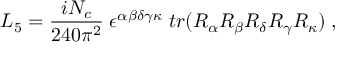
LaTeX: { \cal L } _ { 5 } = \frac { i N _ { c } } { 2 4 0 \pi ^ { 2 } } \; \epsilon ^ { \alpha \beta \delta \gamma \kappa } \; t r ( R _ { \alpha } R _ { \beta } R _ { \delta } R _ { \gamma } R _ { \kappa } ) \; ,